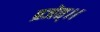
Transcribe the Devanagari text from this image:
ब्रजेत्।।